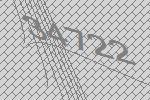
34722